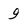
Character: 9